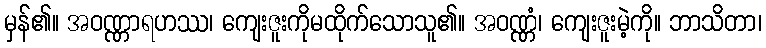
မှန်၏။ အဝဏ္ဏာရဟဿ၊ ကျေးဇူးကိုမထိုက်သောသူ၏။ အဝဏ္ဏံ၊ ကျေးဇူးမဲ့ကို။ ဘာသိတာ၊